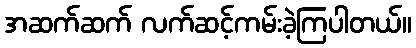
အဆက်ဆက် လက်ဆင့်ကမ်းခဲ့ကြပါတယ်။